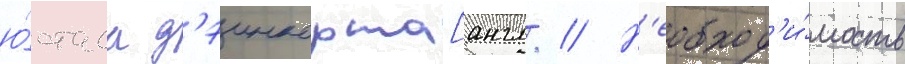
ю́стаса д'эинкорта[англ. // Н'еобход'и́мость